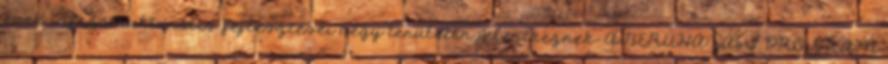
évek infrastrukturális fejlesztései négy területen jelentkeznek: A BERUHÁZÁSI PROGRAM